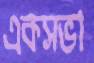
একসভা